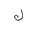
Letter: _lam